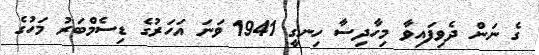
ގެ ނަން ދެވިފައިވާ މިހާދިސާ ހިނގީ 1941 ވަނަ އަހަރުގެ ޑިސެމްބަރު މަހުގެ